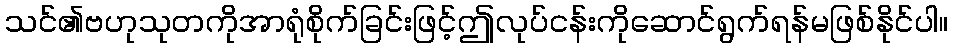
သင်၏ဗဟုသုတကိုအာရုံစိုက်ခြင်းဖြင့်ဤလုပ်ငန်းကိုဆောင်ရွက်ရန်မဖြစ်နိုင်ပါ။